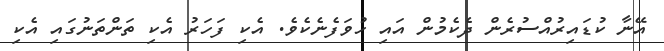
އޭނާ ކުޑައިރުއްސުރެން ދެކެމުން އައި ހުވަފެނެކެވެ. އެކި ފަހަރު އެކި ތަންތަނުގައި އެކި